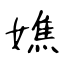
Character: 嫶